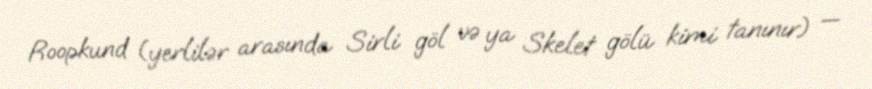
Roopkund (yerlilər arasında Sirli göl və ya Skelet gölü kimi tanınır) —